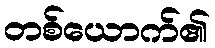
တစ်ယောက်၏